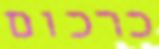
כרכום